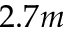
2 . 7 m